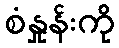
စံနှုန်းကို